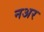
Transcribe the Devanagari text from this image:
नअर